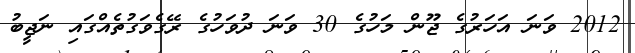
2012 ވަަނަ އަހަރުގެ ޖޫން މަހުގެ 30 ވަނަ ދުވަހުގެ ރޭގެވަގުތެއްގައި ނަޖީބު